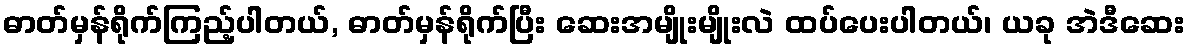
ဓာတ်မှန်ရိုက်ကြည့်ပါတယ်, ဓာတ်မှန်ရိုက်ပြီး ဆေးအမျိုးမျိုးလဲ ထပ်ပေးပါတယ်၊ ယခု အဲဒီဆေး